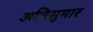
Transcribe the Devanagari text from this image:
अतिसुमार